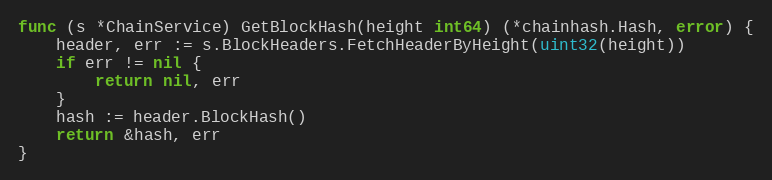
Language: Go
func (s *ChainService) GetBlockHash(height int64) (*chainhash.Hash, error) {
	header, err := s.BlockHeaders.FetchHeaderByHeight(uint32(height))
	if err != nil {
		return nil, err
	}
	hash := header.BlockHash()
	return &hash, err
}